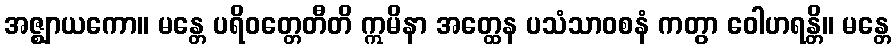
အဇ္ဈာယကော။ မန္တေ ပရိဝတ္တေတီတိ ဣမိနာ အတ္ထေန ပသံသာဝစနံ ကတွာ ဝေါဟရန္တိ။ မန္တေ